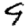
Digit: 9